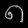
Digit: ၈